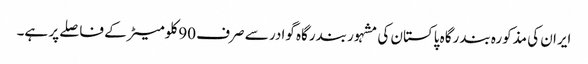
ایران کی مذکورہ بندرگاہ پاکستان کی مشہور بندرگاہ گوادر سے صرف 90 کلومیٹر کے فاصلے پر ہے۔